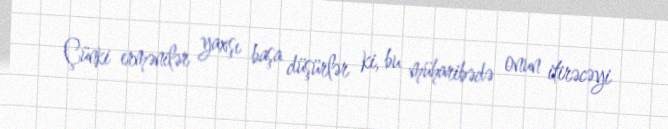
Çünki ermənilər yaxşı başa düşürlər ki, bu müharibədə onun itirəcəyi